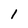
Character: l